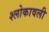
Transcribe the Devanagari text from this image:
श्लोकावली